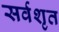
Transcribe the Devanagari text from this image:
सर्वशृत